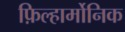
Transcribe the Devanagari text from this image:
फ़िल्हार्मोनिक